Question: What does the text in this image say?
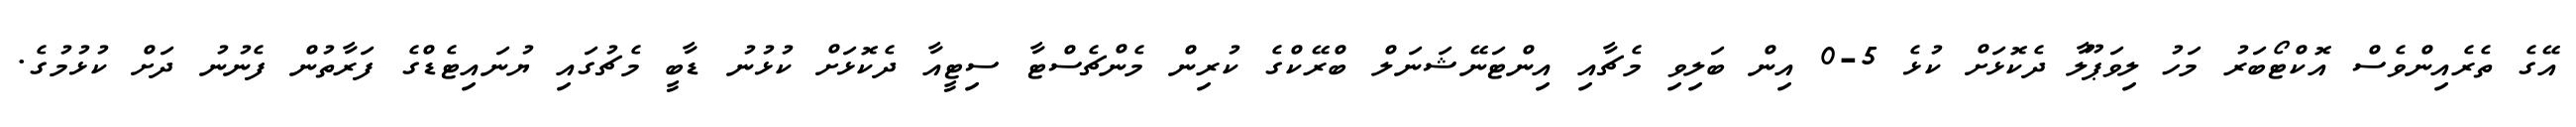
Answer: އޭގެ ތެރެއިންވެސް އޮކްޓޯބަރު މަހު ލިވަޕޫލާ ދެކޮޅަށް ކުޅެ 5-0 އިން ބަލިވި މެޗާއި އިންޓަނޭޝަނަލް ބްރޭކްގެ ކުރިން މެންޗެސްޓާ ސިޓީއާ ދެކޮޅަށް ކުޅުނު ޑާބީ މެޗުގައި ޔުނައިޓެޑްގެ ފަރާތުން ފެނުނު ދަށް ކުޅުމުގެ.